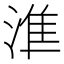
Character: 𰜛